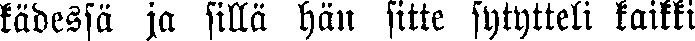
kädessä ja sillä hän sitte sytytteli kaikki